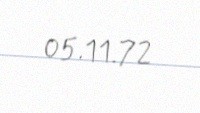
05.11.72